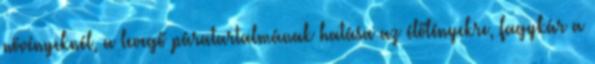
növényeknél, a levegő páratartalmának hatása az élőlényekre, fagykár a